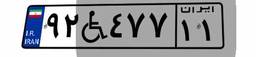
۹۲W۴۷۷۱۱